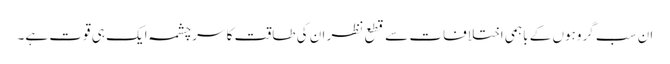
ان سب گروہوں کے باہمی اختلافات سے قطع نظر ان کی طاقت کا سرچشمہ ایک ہی قوت ہے۔